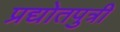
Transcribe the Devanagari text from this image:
प्रद्योतपुत्री